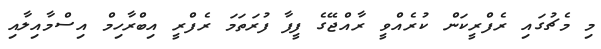
މި މެޗުގައި ރެފްރީކަން ކުރެއްވީ ރާއްޖޭގެ ފީފާ ފުރަތަަމަ ރެފްރީ އިބްރާހިމް އިސްމާއިލާއި